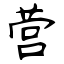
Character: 营